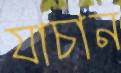
যাচান